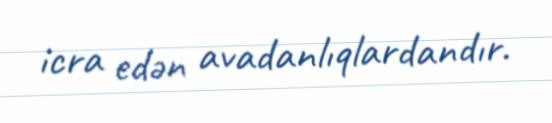
icra edən avadanlıqlardandır.